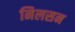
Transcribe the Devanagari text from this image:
निलसन